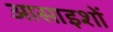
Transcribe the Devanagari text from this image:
आसाइशों